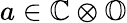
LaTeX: a\in\mathbb{C}\otimes\mathbb{O}